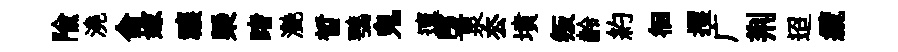
隃澆侖嫁禳槩睹灔晳鶚鬼邅堕泉厺墳叛齡約徊攫广荆迢纜